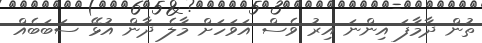
ތުން ދާމާފަ އިންނަ އިރު ވެސް އަވަހަށް މާލެ ދާން އުޅޭ ސަބަބެއް